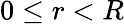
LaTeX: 0\leq r<R